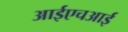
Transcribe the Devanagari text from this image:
आईएचआई